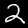
Digit: 2